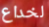
لخداع